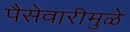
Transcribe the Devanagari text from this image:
पैसेवारीमुळे